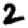
Digit: 2